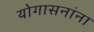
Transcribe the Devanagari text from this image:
योगासनांना